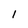
Character: l